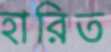
হারিত